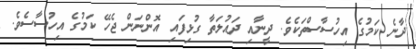
ދާނެ ކަމުގެ އިހުސާސްތަކެވެ. ދީނާއި ދައުލަތާ ގުޅިފައި އޮންނަން ޖެހޭ ކަމުގެ އިހުސާސެވެ.